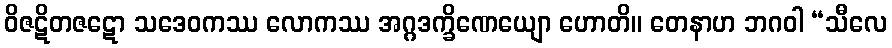
ဝိဇဋိတဇဋော သဒေဝကဿ လောကဿ အဂ္ဂဒက္ခိဏေယျော ဟောတိ။ တေနာဟ ဘဂဝါ “သီလေ